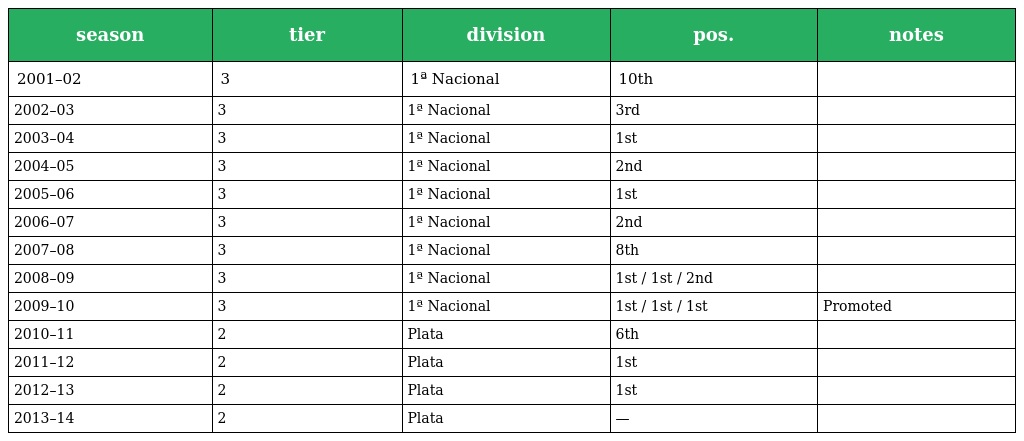
| season | tier | division | pos. | notes |
 | --- | --- | --- | --- | --- |
 | 2001–02 | 3 | 1ª Nacional | 10th |  |
 | 2002–03 | 3 | 1ª Nacional | 3rd |  |
 | 2003–04 | 3 | 1ª Nacional | 1st |  |
 | 2004–05 | 3 | 1ª Nacional | 2nd |  |
 | 2005–06 | 3 | 1ª Nacional | 1st |  |
 | 2006–07 | 3 | 1ª Nacional | 2nd |  |
 | 2007–08 | 3 | 1ª Nacional | 8th |  |
 | 2008–09 | 3 | 1ª Nacional | 1st / 1st / 2nd |  |
 | 2009–10 | 3 | 1ª Nacional | 1st / 1st / 1st | Promoted |
 | 2010–11 | 2 | Plata | 6th |  |
 | 2011–12 | 2 | Plata | 1st |  |
 | 2012–13 | 2 | Plata | 1st |  |
 | 2013–14 | 2 | Plata | — |  |